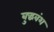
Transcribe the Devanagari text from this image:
बुद्धवंश